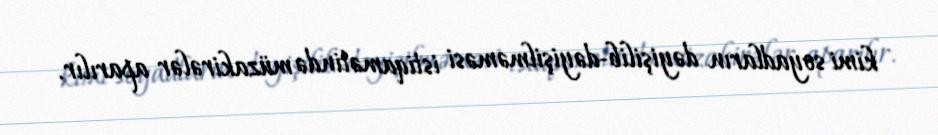
kimi soyadların dəyişilib-dəyişilməməsi istiqamətində müzakirələr aparılır.